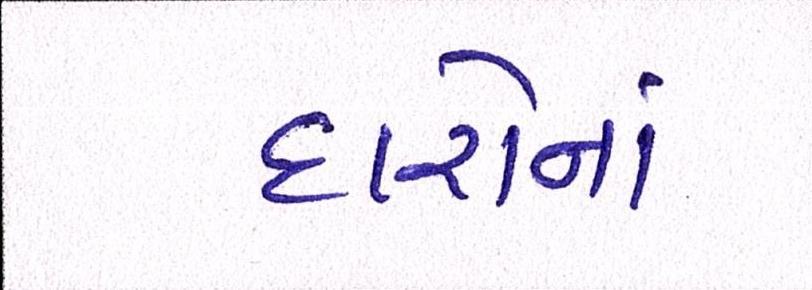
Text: દારોનાં